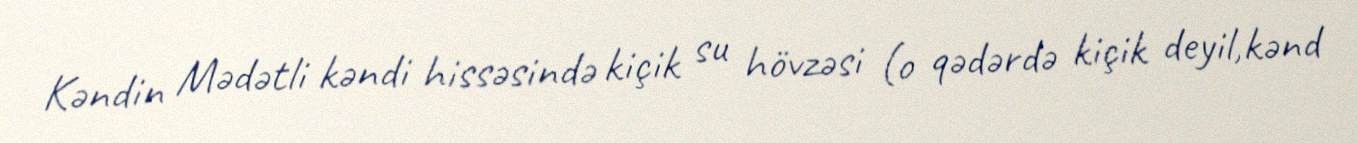
Kəndin Mədətli kəndi hissəsində kiçik su hövzəsi (o qədərdə kiçik deyil,kənd